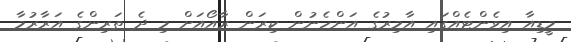
މީޑިއާ އިވެންޓެއްގައި އާމިރުގެ އަންހެނުން ކިރަން ރާއޯއަށް މި ދެ ތަރިންގެ އަރާރުމާ